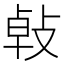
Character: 㪕